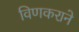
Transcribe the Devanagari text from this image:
विणकराने